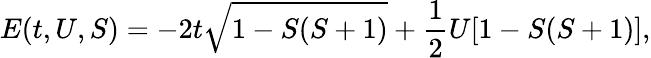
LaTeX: E(t,U,S)=-2t\sqrt{1-S(S+1)}+\frac{1}{2}U[1-S(S+1)],